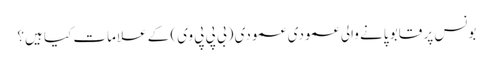
بونس پر قابو پانے والی عمودی عمودی (بی پی پی وی) کے علامات کیا ہیں؟